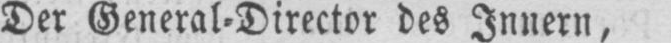
Der General⸗Director des Innern,